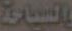
السياحة